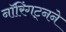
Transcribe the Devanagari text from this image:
नॉरिंगट्नने